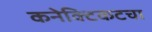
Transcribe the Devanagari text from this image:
कनेक्टिकटचा